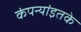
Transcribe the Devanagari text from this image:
कंपन्यांइतके